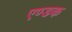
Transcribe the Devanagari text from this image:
एण्डक